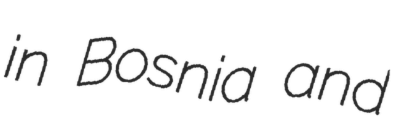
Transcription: in Bosnia and